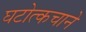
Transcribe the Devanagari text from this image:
घटोत्कचाने